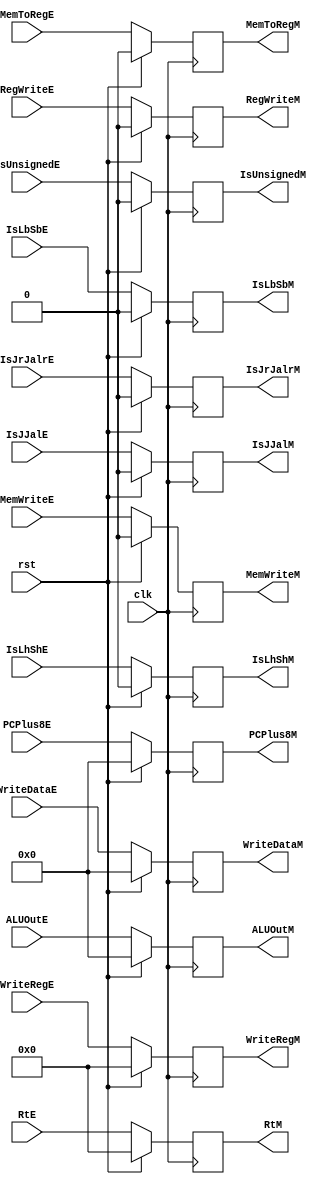
module RegM(
  input               clk, rst,
  input       [31:0]  PCPlus8E,
  input       [31:0]  ALUOutE,
  input       [31:0]  WriteDataE,
  input       [4:0]   RtE, WriteRegE,
  input               RegWriteE,
  input               MemWriteE,
  input               MemToRegE,
  input               IsJJalE,
  input               IsJrJalrE,
  input               IsLbSbE,
  input               IsLhShE,
  input               IsUnsignedE,
  output  reg [31:0]  PCPlus8M,
  output  reg [31:0]  ALUOutM,
  output  reg [31:0]  WriteDataM,
  output  reg [4:0]   RtM, WriteRegM,
  output  reg         RegWriteM,
  output  reg         MemWriteM,
  output  reg         MemToRegM,
  output  reg         IsJJalM,
  output  reg         IsJrJalrM,
  output  reg         IsLbSbM,
  output  reg         IsLhShM,
  output  reg         IsUnsignedM
  );
  
  initial
  begin
    PCPlus8M    <= 0;
    ALUOutM     <= 0;
    WriteDataM  <= 0;
    RtM         <= 0;
    WriteRegM   <= 0;
    RegWriteM   <= 0;
    MemWriteM   <= 0;
    MemToRegM   <= 0;
    IsJJalM     <= 0;
    IsJrJalrM   <= 0;
    IsLbSbM     <= 0;
    IsLhShM     <= 0;
    IsUnsignedM <= 0;
  end
  
  always @(posedge clk)
  begin
    if (rst)
    begin
      PCPlus8M    <= 0;
      ALUOutM     <= 0;
      WriteDataM  <= 0;
      RtM         <= 0;
      WriteRegM   <= 0;
      RegWriteM   <= 0;
      MemWriteM   <= 0;
      MemToRegM   <= 0;
      IsJJalM     <= 0;
      IsJrJalrM   <= 0;
      IsLbSbM     <= 0;
      IsLhShM     <= 0;
      IsUnsignedM <= 0;
    end
    else
    begin
      PCPlus8M    <= PCPlus8E;
      ALUOutM     <= ALUOutE;
      WriteDataM  <= WriteDataE;
      WriteRegM   <= WriteRegE;
      RegWriteM   <= RegWriteE;
      MemWriteM   <= MemWriteE;
      MemToRegM   <= MemToRegE;
      RtM         <= RtE;
      IsJJalM     <= IsJJalE;
      IsJrJalrM   <= IsJrJalrE;
      IsLbSbM     <= IsLbSbE;
      IsLhShM     <= IsLhShE;
      IsUnsignedM <= IsUnsignedE;
    end
  end
  
endmodule